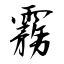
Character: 霧